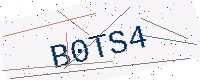
Text: B0TS4